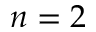
n = 2